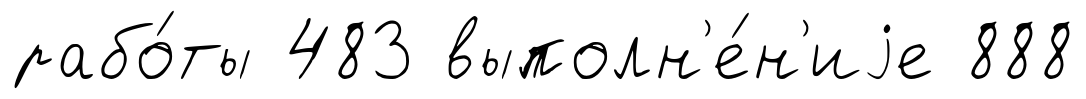
рабо́ты 483 выполн'е́н'иjе 888